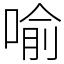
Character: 喻